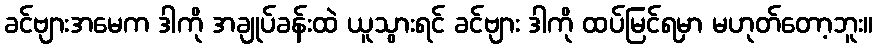
ခင်ဗျားအမေက ဒါကို အချုပ်ခန်းထဲ ယူသွားရင် ခင်ဗျား ဒါကို ထပ်မြင်ရမှာ မဟုတ်တော့ဘူး။